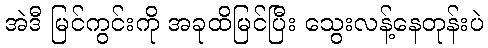
အဲဒီ မြင်ကွင်းကို အခုထိမြင်ပြီး သွေးလန့်နေတုန်းပဲ